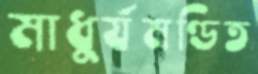
মাধুর্যমণ্ডিত